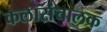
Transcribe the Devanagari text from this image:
कलासंचालक